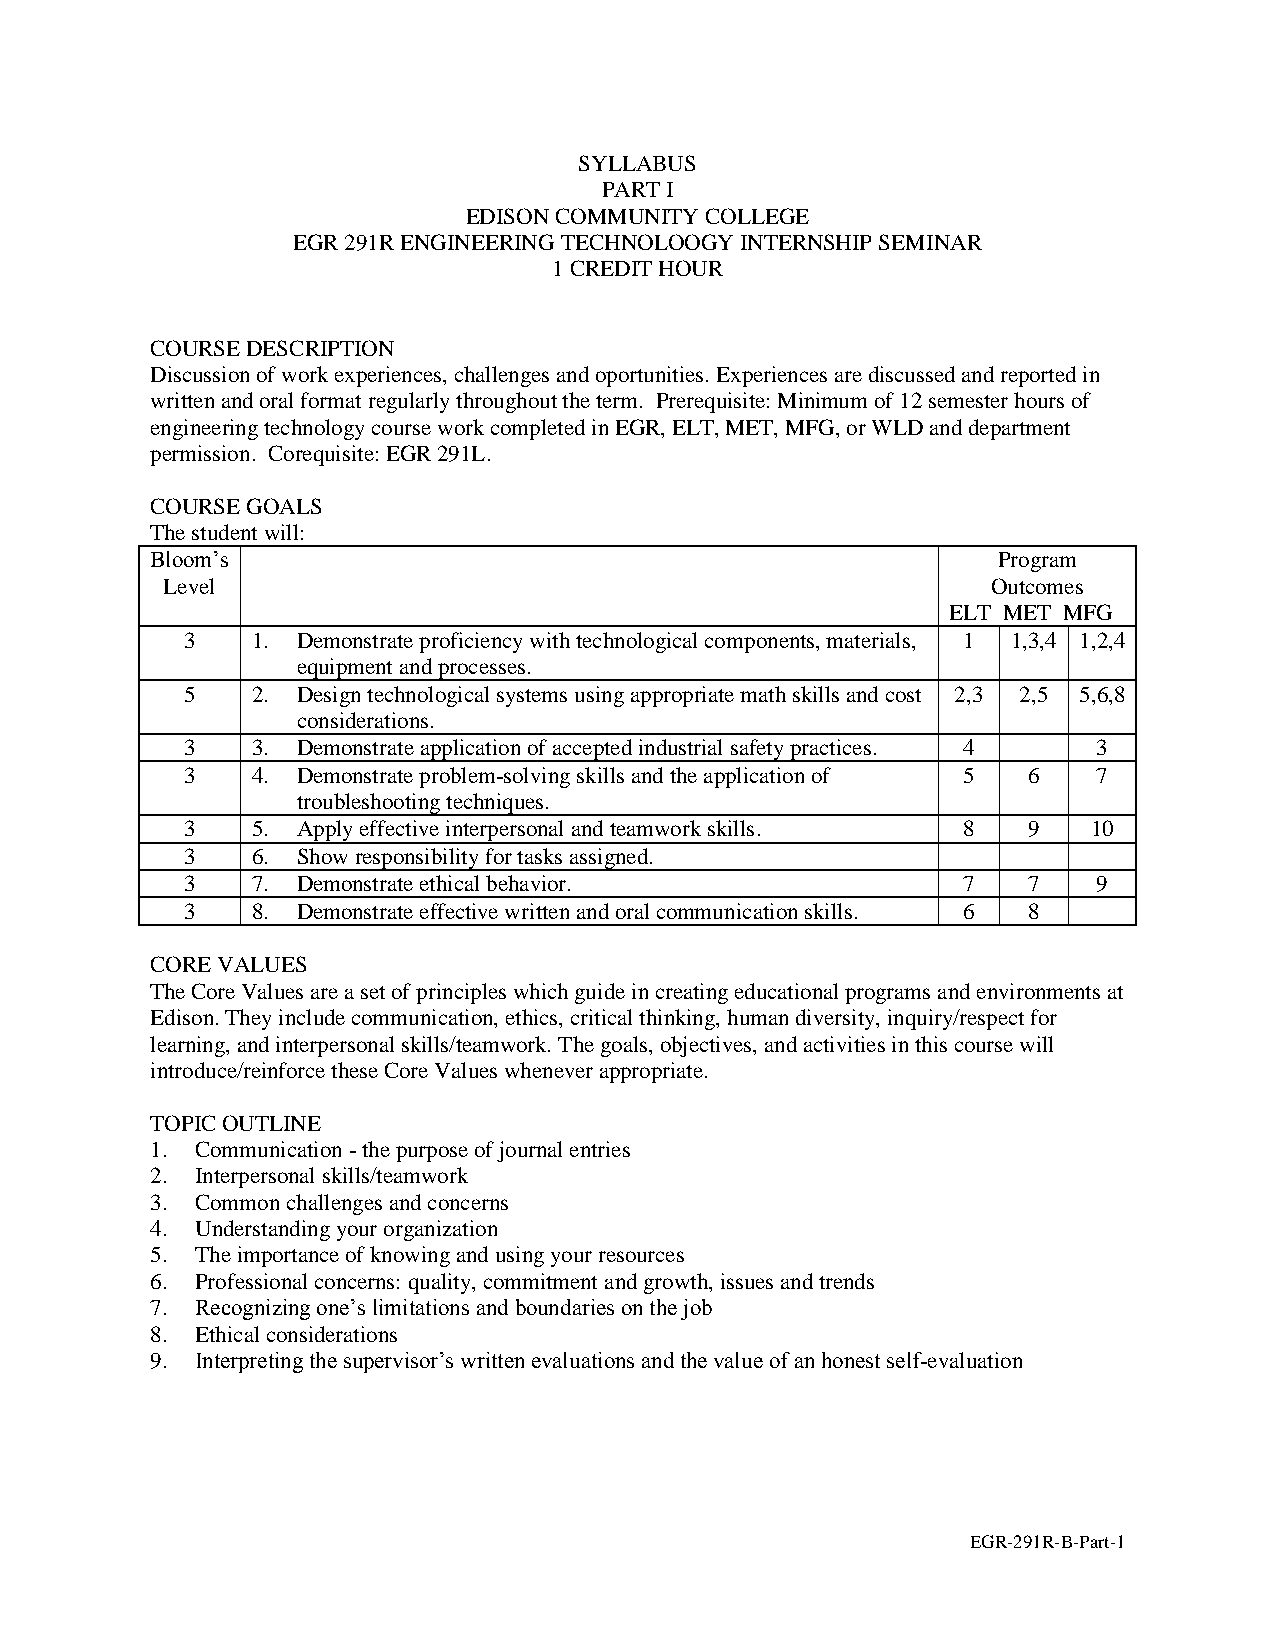
SYLLABUS
 PART I
 EDISON COMMUNITY COLLEGE
 EGR 291R ENGINEERING TECHNOLOOGY INTERNSHIP SEMINAR
 1 CREDIT HOUR
 COURSE DESCRIPTION
 Discussion of work experiences, challenges and oportunities. Experiences are discussed and reported in
 written and oral format regularly throughout the term. Prerequisite: Minimum of 12 semester hours of
 engineering technology course work completed in EGR, ELT, MET, MFG, or WLD and department
 permission. Corequisite: EGR 291L.
 COURSE GOALS
 The student will:
 Bloom’s                                                 Program
 Level                                                  Outcomes
 ELT MET MFG
 3    1. Demonstrate proficiency with technological components, materials, 1 1,3,4 1,2,4
 equipment and processes.
 5    2. Design technological systems using appropriate math skills and cost 2,3 2,5 5,6,8
 considerations.
 3    3. Demonstrate application of accepted industrial safety practices. 4 3
 3    4. Demonstrate problem-solving skills and the application of 5 6 7
 troubleshooting techniques.
 3    5. Apply effective interpersonal and teamwork skills. 8 9 10
 3    6. Show responsibility for tasks assigned.
 3    7. Demonstrate ethical behavior.               7   7    9
 3    8. Demonstrate effective written and oral communication skills. 6 8
 CORE VALUES
 The Core Values are a set of principles which guide in creating educational programs and environments at
 Edison. They include communication, ethics, critical thinking, human diversity, inquiry/respect for
 learning, and interpersonal skills/teamwork. The goals, objectives, and activities in this course will
 introduce/reinforce these Core Values whenever appropriate.
 TOPIC OUTLINE
 1. Communication - the purpose of journal entries
 2. Interpersonal skills/teamwork
 3. Common challenges and concerns
 4. Understanding your organization
 5. The importance of knowing and using your resources
 6. Professional concerns: quality, commitment and growth, issues and trends
 7. Recognizing one’s limitations and boundaries on the job
 8. Ethical considerations
 9. Interpreting the supervisor’s written evaluations and the value of an honest self-evaluation
 EGR-291R-B-Part-1